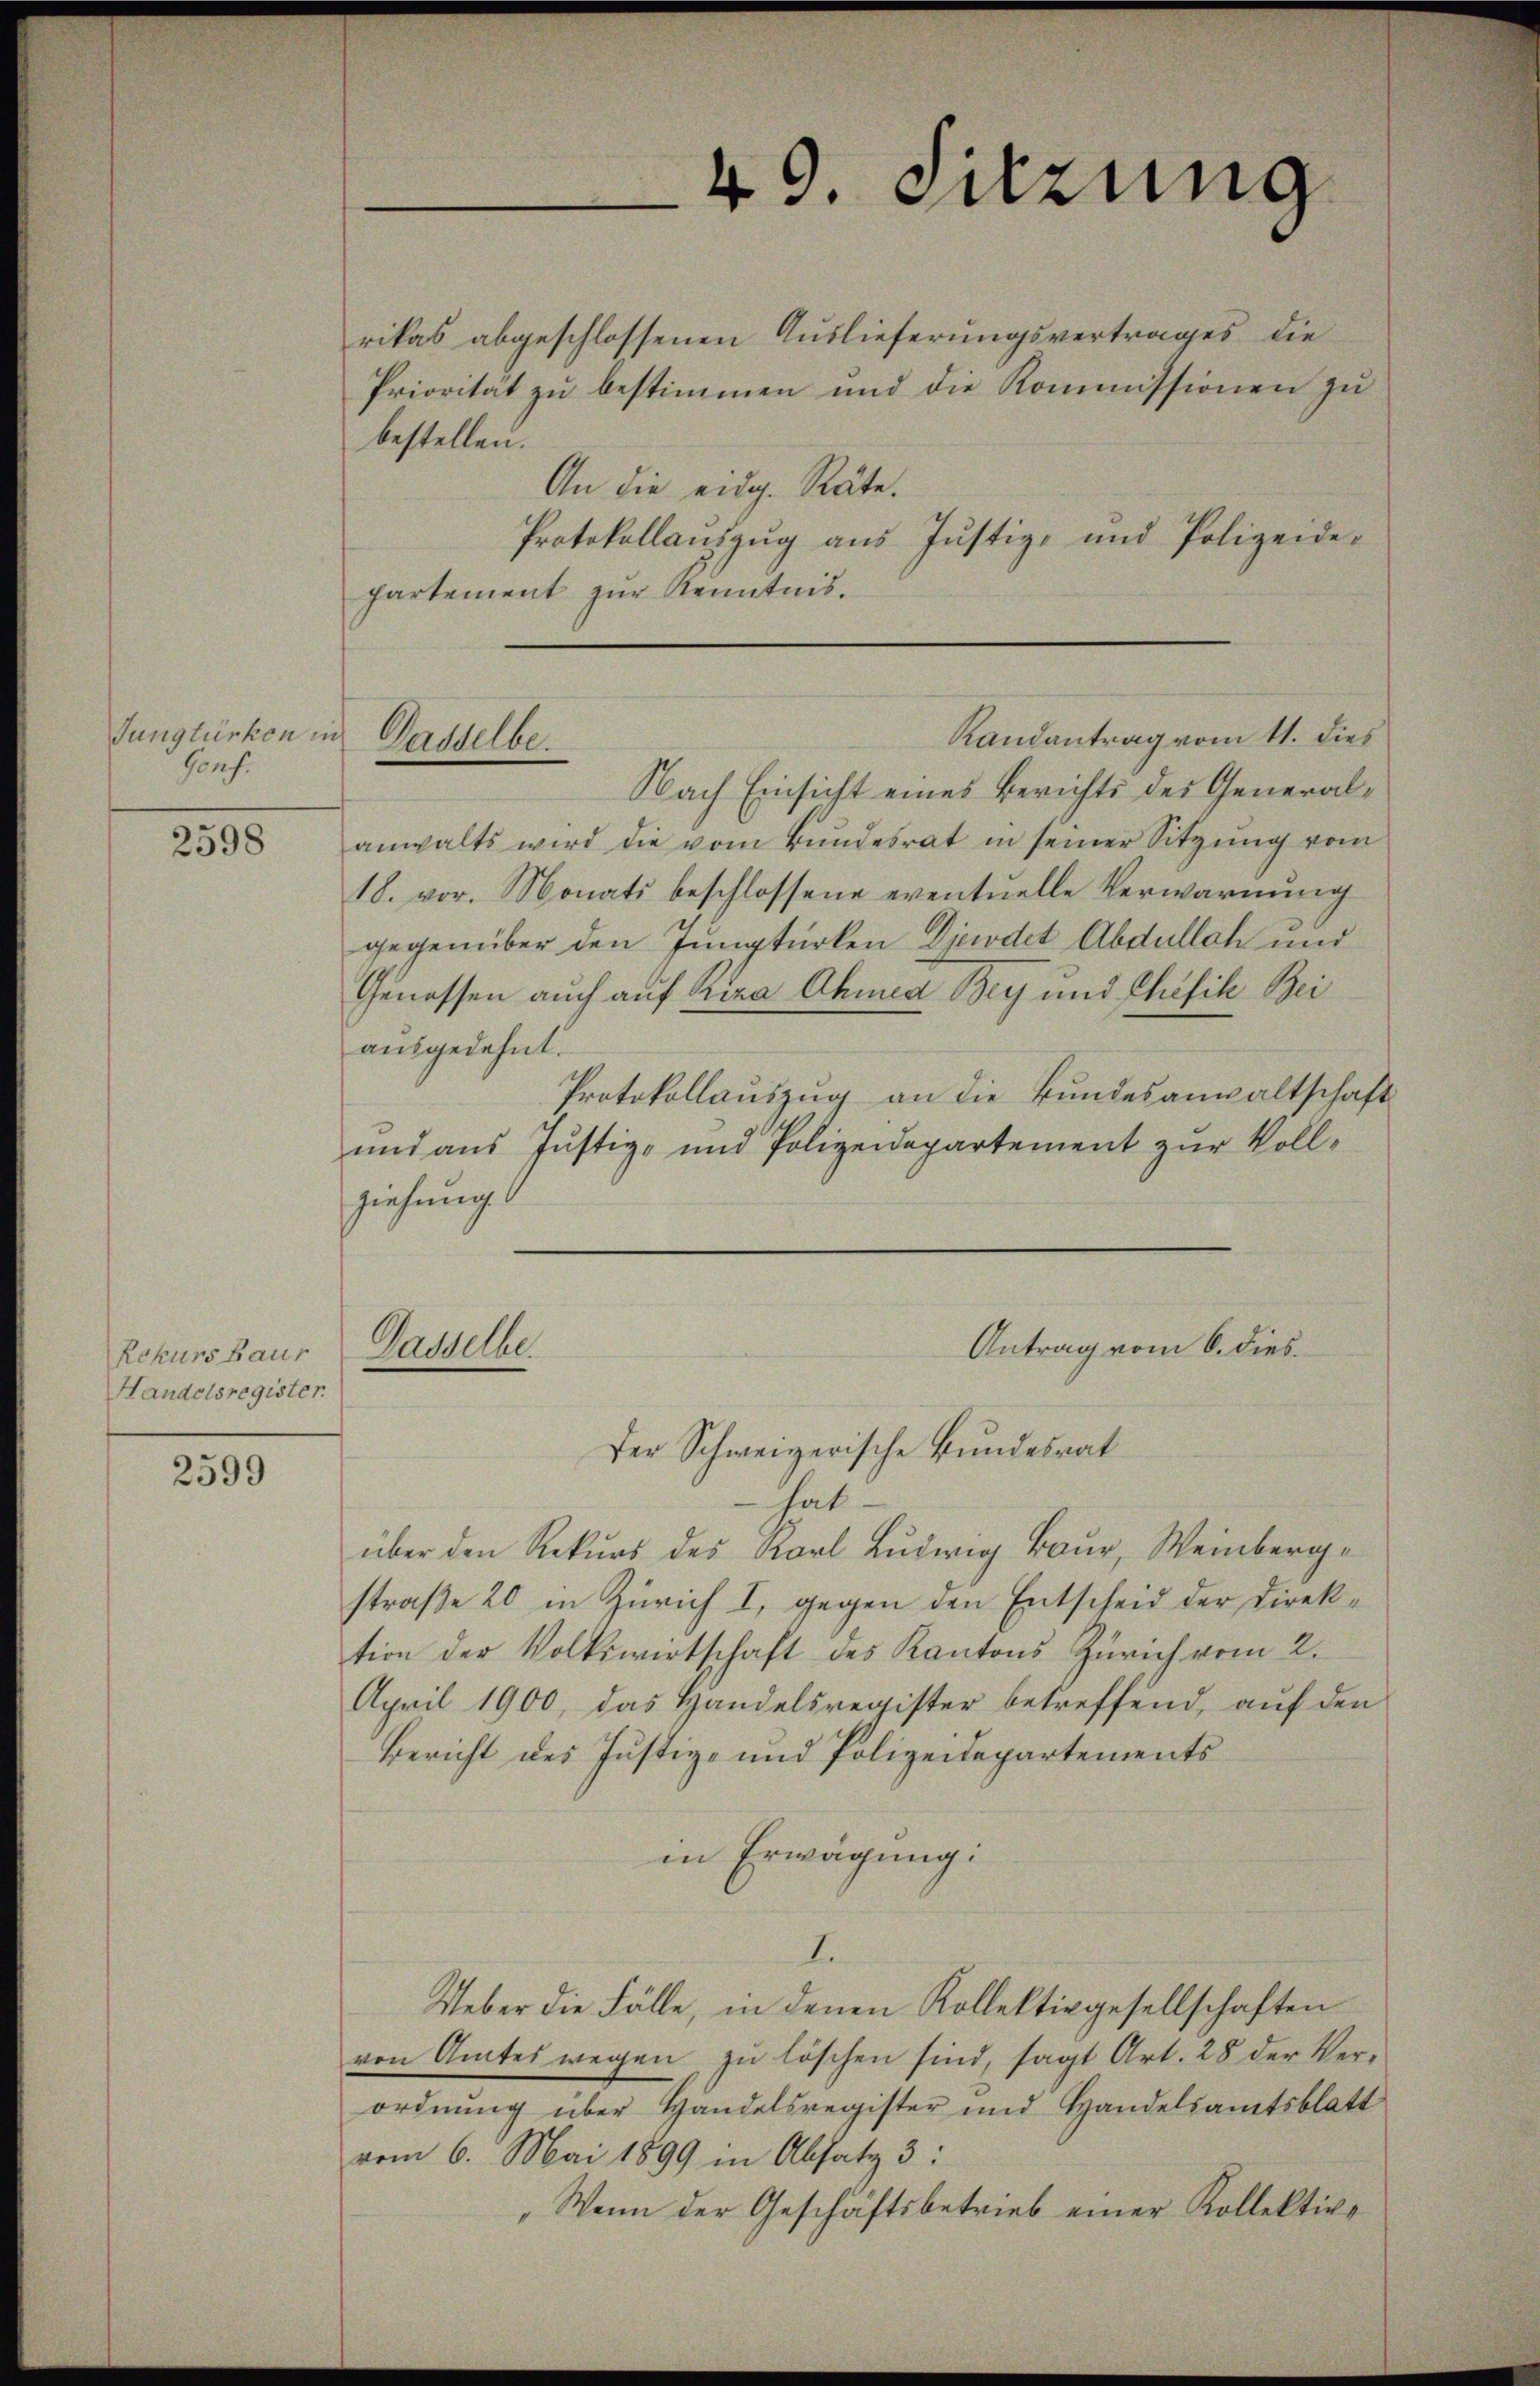
Jungtürken in
Gons.

2598

Rekurs Baur
Handelsregister

2599

rikas abgeschlossenen Auslieferungsvertrages die
Priorität zu bestimmen und die Kommissionen zu
bestellen.
An die eidg. Räte.
Protokollauszug aus Justiz- und Polizeidepartement zur Kenntnis.

Gasselbe

Gasselbe.

49. Sitzung

Nach Einsicht eines Berichts des Generalanwalts wird die vom Bundesrat in seiner Sitzung vom
18. vor. Monats beschlossene eventuelle Verwarnung
gegenüber den Jungtürken Diedet Abdullch und
Genossen auch auf Kira Ahmed Bey und Chefik Bei
ausgedehnt.
Protokollauszug an die Bundesanwaltschaft
und aus Justiz- und Polizeidepartement zur Vollziehung.
Der Schweizerische Bundesrat
hat
über den Rekurs des Karl Ludwig Baur, Weinberge
straße 20 in Zürich I, gegen den Entscheid der Direktion der Volkswirtschaft des Kantons Zürich vom 2.
April 1900, das Handelsregister betreffend, auf den
Bericht des Justiz- und Polizeidepartements
in Erwägung:
I.
Ueber die Fälle, in denen Kollektivgesellschaften
von Amtes wegen zŭ löschen sind, sagt Art. 28 der Ver-
ordnung über Handelsregister und Handelsamtsblatt
vom 6. Mai 1899 in Absatz 3:
"Wenn der Geschäftsbetrieb einer Kollektive

Randantrag vom 11. dies

Antrag vom 6. dies